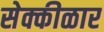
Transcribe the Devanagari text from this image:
सेक्कीळार